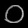
Digit: ၀